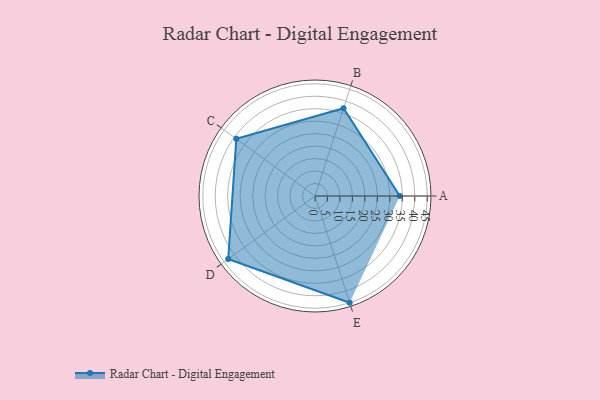
{"axis": {"x": "Skill", "y": "Score"}, "legend": ["Profile"], "data": [{"x": "A", "y": 34.0, "type": "Profile"}, {"x": "B", "y": 37.0, "type": "Profile"}, {"x": "C", "y": 39.0, "type": "Profile"}, {"x": "D", "y": 43.0, "type": "Profile"}, {"x": "E", "y": 45.0, "type": "Profile"}]}